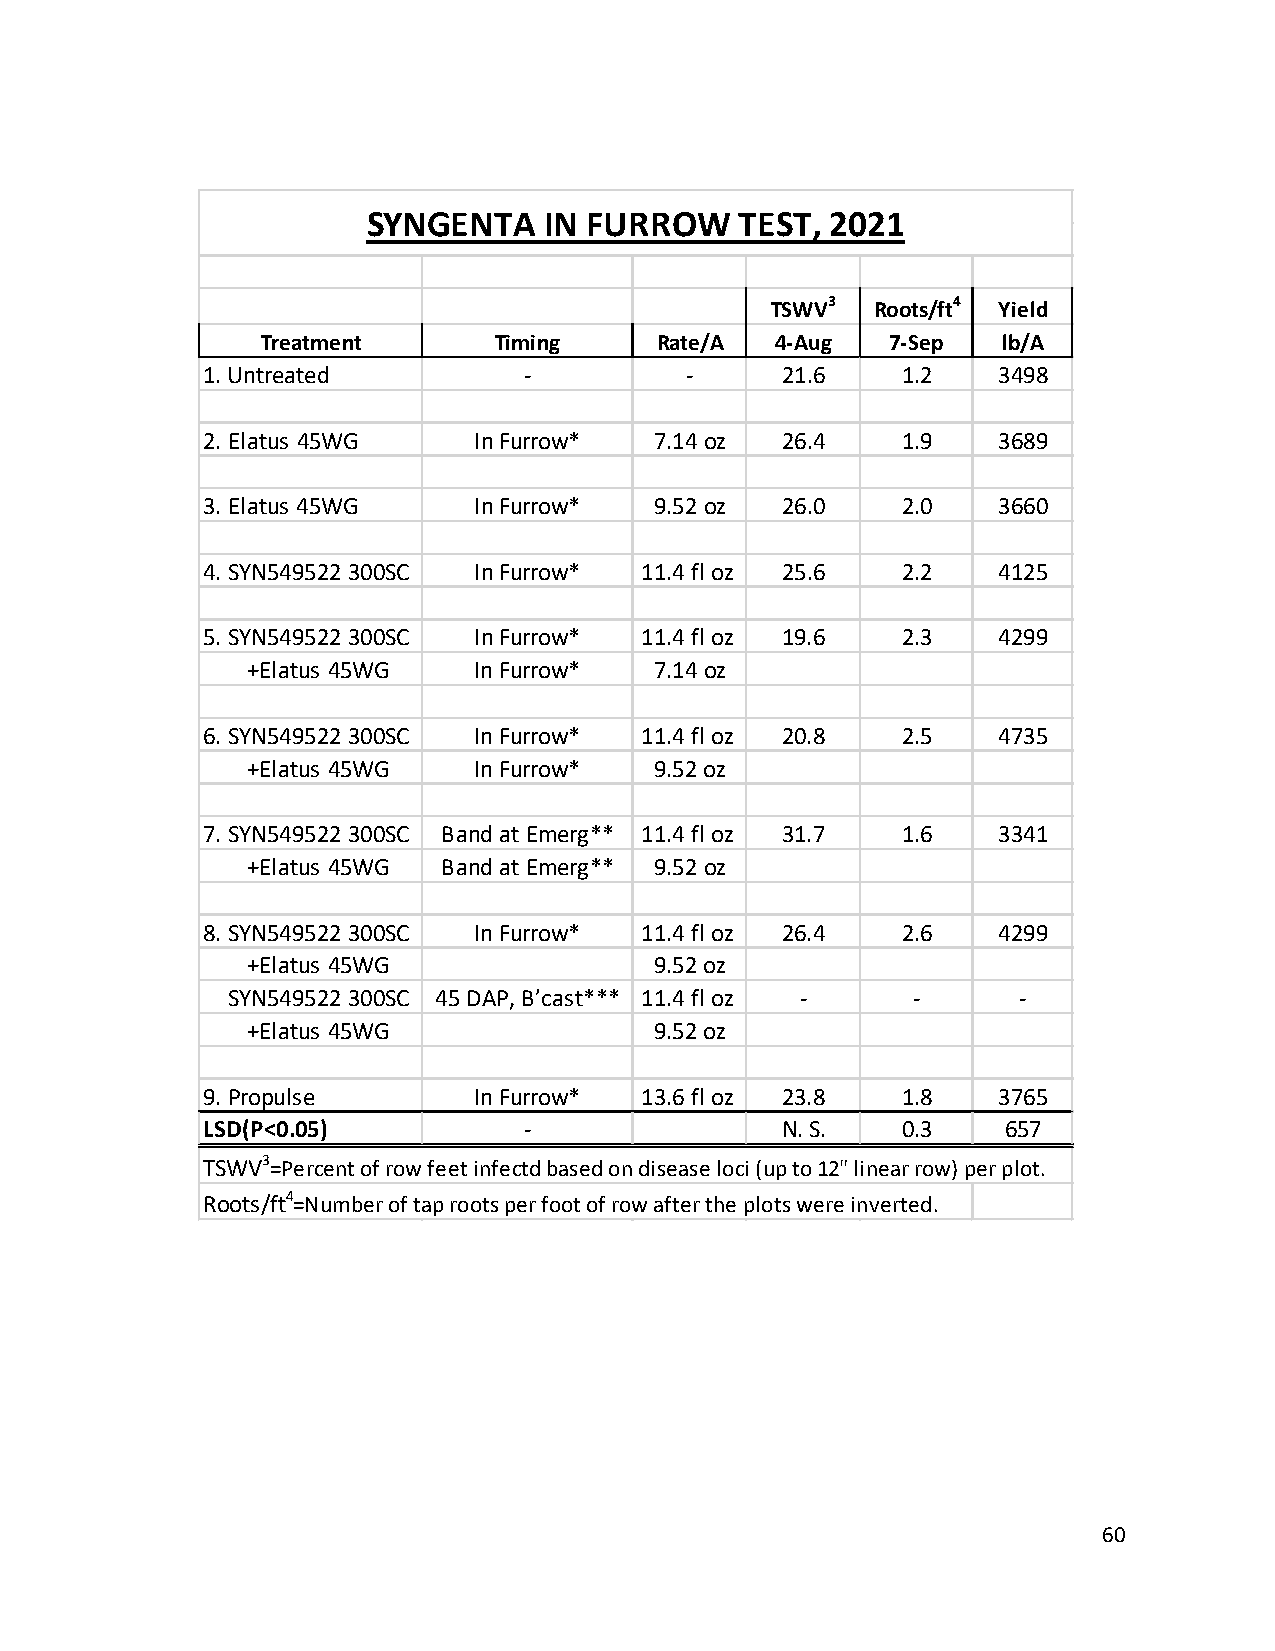
SYNGENTA    IN FURROW    TEST, 2021
 TSWV3  Roots/ft4 Yield
 Treatment       Timing    Rate/A  4-Aug   7-Sep  lb/A
 1. Untreated          -         -      21.6    1.2   3498
 2. Elatus 45WG    In Furrow*  7.14 oz  26.4    1.9   3689
 3. Elatus 45WG    In Furrow*  9.52 oz  26.0    2.0   3660
 4. SYN549522 300SC In Furrow* 11.4 fl oz 25.6  2.2   4125
 5. SYN549522 300SC In Furrow* 11.4 fl oz 19.6  2.3   4299
 +Elatus 45WG   In Furrow*  7.14 oz
 6. SYN549522 300SC In Furrow* 11.4 fl oz 20.8  2.5   4735
 +Elatus 45WG   In Furrow*  9.52 oz
 7. SYN549522 300SC Band at Emerg** 11.4 fl oz 31.7 1.6 3341
 +Elatus 45WG Band at Emerg** 9.52 oz
 8. SYN549522 300SC In Furrow* 11.4 fl oz 26.4  2.6   4299
 +Elatus 45WG               9.52 oz
 SYN549522 300SC 45 DAP, B’cast*** 11.4 fl oz - -    -
 +Elatus 45WG               9.52 oz
 9. Propulse       In Furrow* 13.6 fl oz 23.8   1.8   3765
 LSD(P<0.05)           -                N. S.   0.3    657
 TSWV3=Percent of row feet infectd based on disease loci (up to 12" linear row) per plot.
 Roots/ft4=Number of tap roots per foot of row after the plots were inverted.
 60